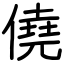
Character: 僥